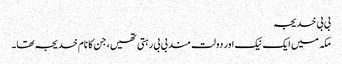
بی بی خدیجہ
مکہ میں ایک نیک اور دولت مند بی بی رہتی تھیں، جن کا نام خدیجہ تھا۔